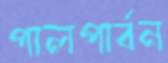
পালপার্বন